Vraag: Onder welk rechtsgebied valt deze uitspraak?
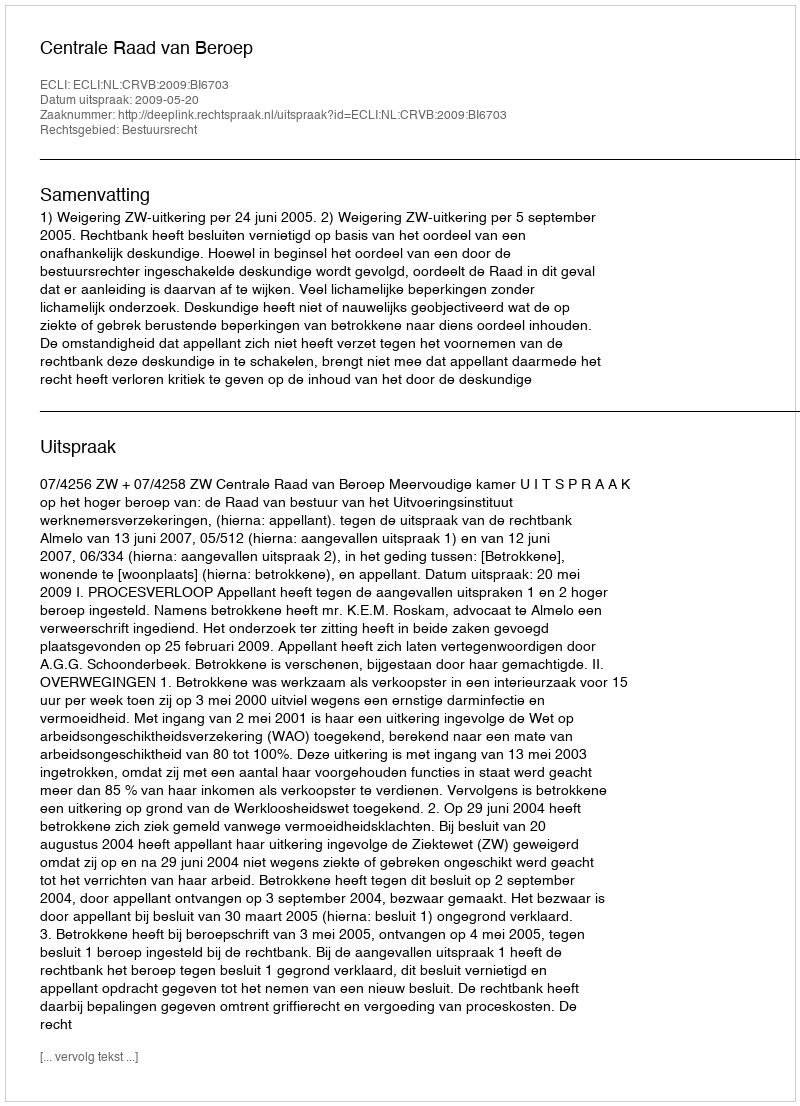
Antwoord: Bestuursrecht